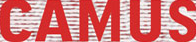
CAMUS